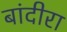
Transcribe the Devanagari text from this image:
बांदीरा